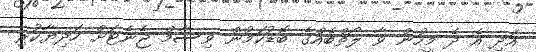
އަދި އެ ދެ މީހުން ވާ ލޯތްބެއްގެ ބޮޑުކަމުން ވިސާމް ޖެނެޓަށް ހަދިޔާކުރި